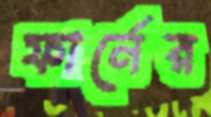
ফার্নের